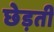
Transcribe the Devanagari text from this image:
छेड़ती